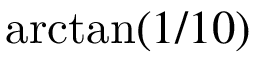
\arctan ( 1 / 1 0 )